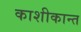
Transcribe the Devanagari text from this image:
काशीकान्त